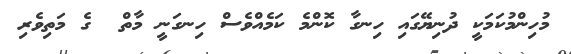
މުހިންމުކަމަކީ ދުނިޔޭގައި ހިނގާ ކޮންމެ ކަމެއްވެސް ހިނގަނީ މާތް  ގެ މަތިވެރި